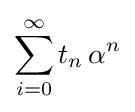
\sum _{i=0}^{\infty }t_{n}\,\alpha ^{n}